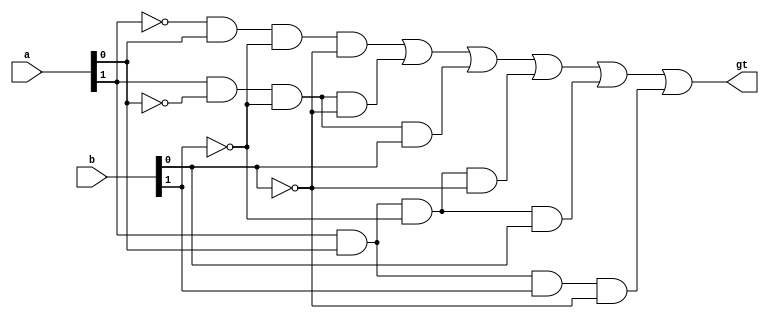
`timescale 1ns / 1ps
//////////////////////////////////////////////////////////////////////////////////
// Company: Davis Semiconductor
// 
// Design Name: 
// Module Name:    two_bit_inequality 
// Project Name: 
// Target Devices: Elbert V2
// Tool versions: ISE 14.7
// Description: Compares 2 2-bit binary numbers A and B, returns 1 if A > B
//
// Dependencies: 
//
// Revision: 
// Revision 0.01 - File Created
// Additional Comments: 
//  On board:
//  SW1: a[1] high order bit of A
//  SW2: a[0] low order bit of A
//  SW3: b[1] high order bit of B
//  SW4: b[0] low order bit of B
//////////////////////////////////////////////////////////////////////////////////
module two_bit_inequality(input [1:0] a, b, output gt);

//             a       b       c       d
assign gt = (~a[1] & a[0]  & ~b[1] & ~b[0]) | 
            (a[1]  & ~a[0] & ~b[1] & ~b[0]) |
				(a[1]  & ~a[0] & ~b[1] & b[0])  |
				(a[1]  & a[0]  & ~b[1] & ~b[0]) |
				(a[1]  & a[0]  & ~b[1] & b[0])  |
				(a[1]  & a[0]  & b[1]  & ~b[0]);


endmodule